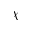
\chi